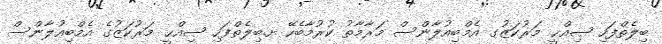
ބިލެތްފަހި ޞިއްޙީ މަރުކަޒުގ އެމްބިއުލާންސް މަރާމާތު ކުރުމާބެހޭ ށ.ބިލެތްފަހި ޞިއްޙީ މަރުކަޒުގެ އެމްބިއުލާންސް